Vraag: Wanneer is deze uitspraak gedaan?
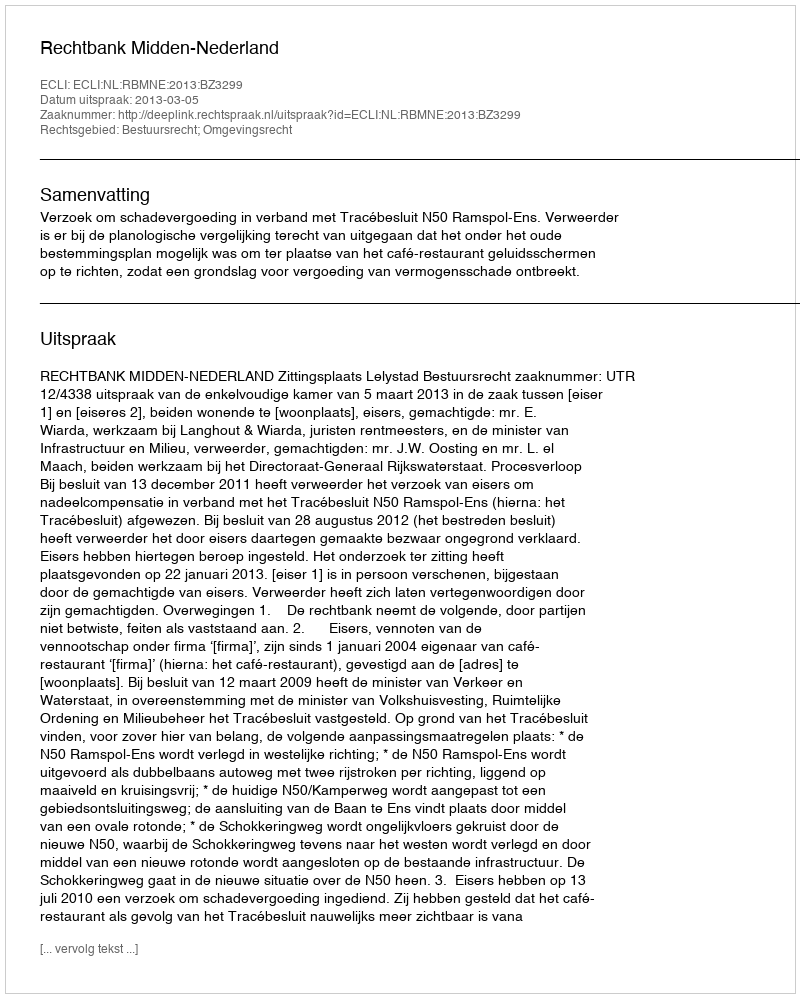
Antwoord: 2013-03-05